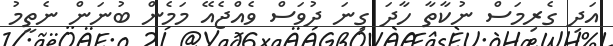
އަދި ގެރިމަސް ނުކާތާ ހާދަ ގިނަ ދުވަސް ވެއްޖެއޭ މަމެން ބުނަން ނެތީމު